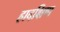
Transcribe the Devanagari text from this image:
हादक्षिण